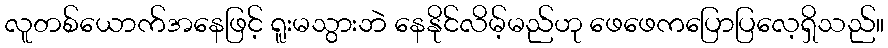
လူတစ်ယောက်အနေဖြင့် ရူးမသွားဘဲ နေနိုင်လိမ့်မည်ဟု ဖေဖေကပြောပြလေ့ရှိသည်။